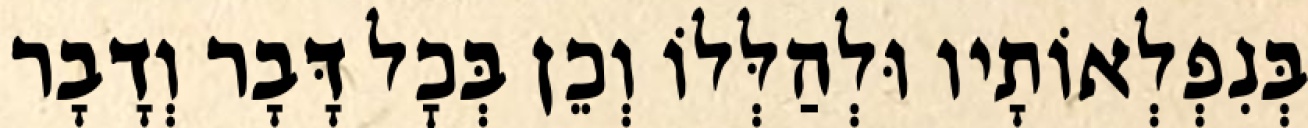
בְּנִפְלְאוֹתָיו וּלְהַלְּלוֹ וְכֵן בְּכׇל דָּבָר וְדָבָר